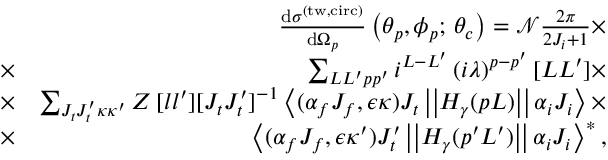
\begin{array} { r l r } & { } & { \frac { \mathrm { d } \sigma ^ { \mathrm { ( t w , c i r c ) } } } { \mathrm { d } \Omega _ { p } } \left( \theta _ { p } , \phi _ { p } ; \, \theta _ { c } \right) = \mathcal { N } \frac { 2 \pi } { 2 J _ { i } + 1 } \times } \\ & { \times } & { \sum _ { L L ^ { \prime } p p ^ { \prime } } i ^ { L - L ^ { \prime } } \left( i \lambda \right) ^ { p - p ^ { \prime } } [ L L ^ { \prime } ] \times } \\ & { \times } & { \sum _ { J _ { t } J _ { t } ^ { \prime } \kappa \kappa ^ { \prime } } { \cal Z } \, [ l l ^ { \prime } ] [ J _ { t } J _ { t } ^ { \prime } ] ^ { - 1 } \left\langle ( \alpha _ { f } J _ { f } , \epsilon \kappa ) J _ { t } \left\vert \left\vert H _ { \gamma } ( p L ) \right\vert \right\vert \alpha _ { i } J _ { i } \right\rangle \times } \\ & { \times } & { \left\langle ( \alpha _ { f } J _ { f } , \epsilon \kappa ^ { \prime } ) J _ { t } ^ { \prime } \left\vert \left\vert H _ { \gamma } ( p ^ { \prime } L ^ { \prime } ) \right\vert \right\vert \alpha _ { i } J _ { i } \right\rangle ^ { \ast } , } \end{array}